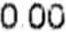
0.00